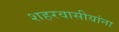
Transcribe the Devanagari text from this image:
शहरवासीयांना